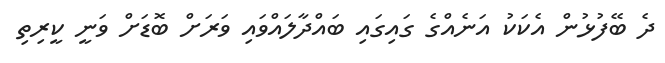
ދެ ބޭފުޅުން އެކަކު އަނެއްގެ ގައިގައި ބައްދާލައްވައި ވަރަށް ބޮޑަށް ވަނީ ކީރިތި